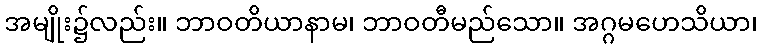
အမျိုး၌လည်း။ ဘာဝတိယာနာမ၊ ဘာဝတီမည်သော။ အဂ္ဂမဟေသိယာ၊